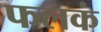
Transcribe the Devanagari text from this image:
फलकं